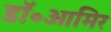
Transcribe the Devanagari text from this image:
डॉ॰आमिर